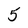
Character: 5